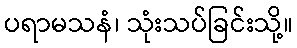
ပရာမသနံ၊ သုံးသပ်ခြင်းသို့။